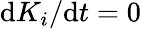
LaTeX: \mathrm{d}K_{i}/\mathrm{d}t=0